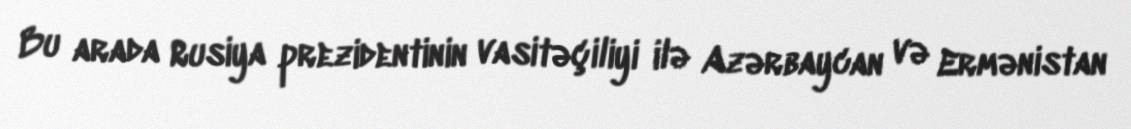
Bu arada Rusiya prezidentinin vasitəçiliyi ilə Azərbaycan və Ermənistan